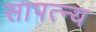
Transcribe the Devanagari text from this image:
सापत्न्य